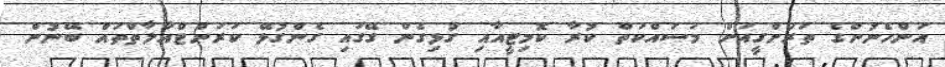
އަންހެނުންގެ ތަރަށްގީއަށް މަސައްކަތް ކުރާ ކޮމިޓީއާއި ގުޅިގެން ގޭގައި ގެންގުޅޭ ކަރަންޓްއާލާތްތައް ބޭނުން